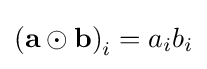
\left(\mathbf {a} \odot \mathbf {b} \right)_{i}=a_{i}b_{i}